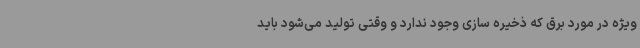
ویژه در مورد برق که ذخیره سازی وجود ندارد و وقتی تولید می‌شود باید